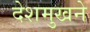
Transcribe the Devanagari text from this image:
देशमुखने